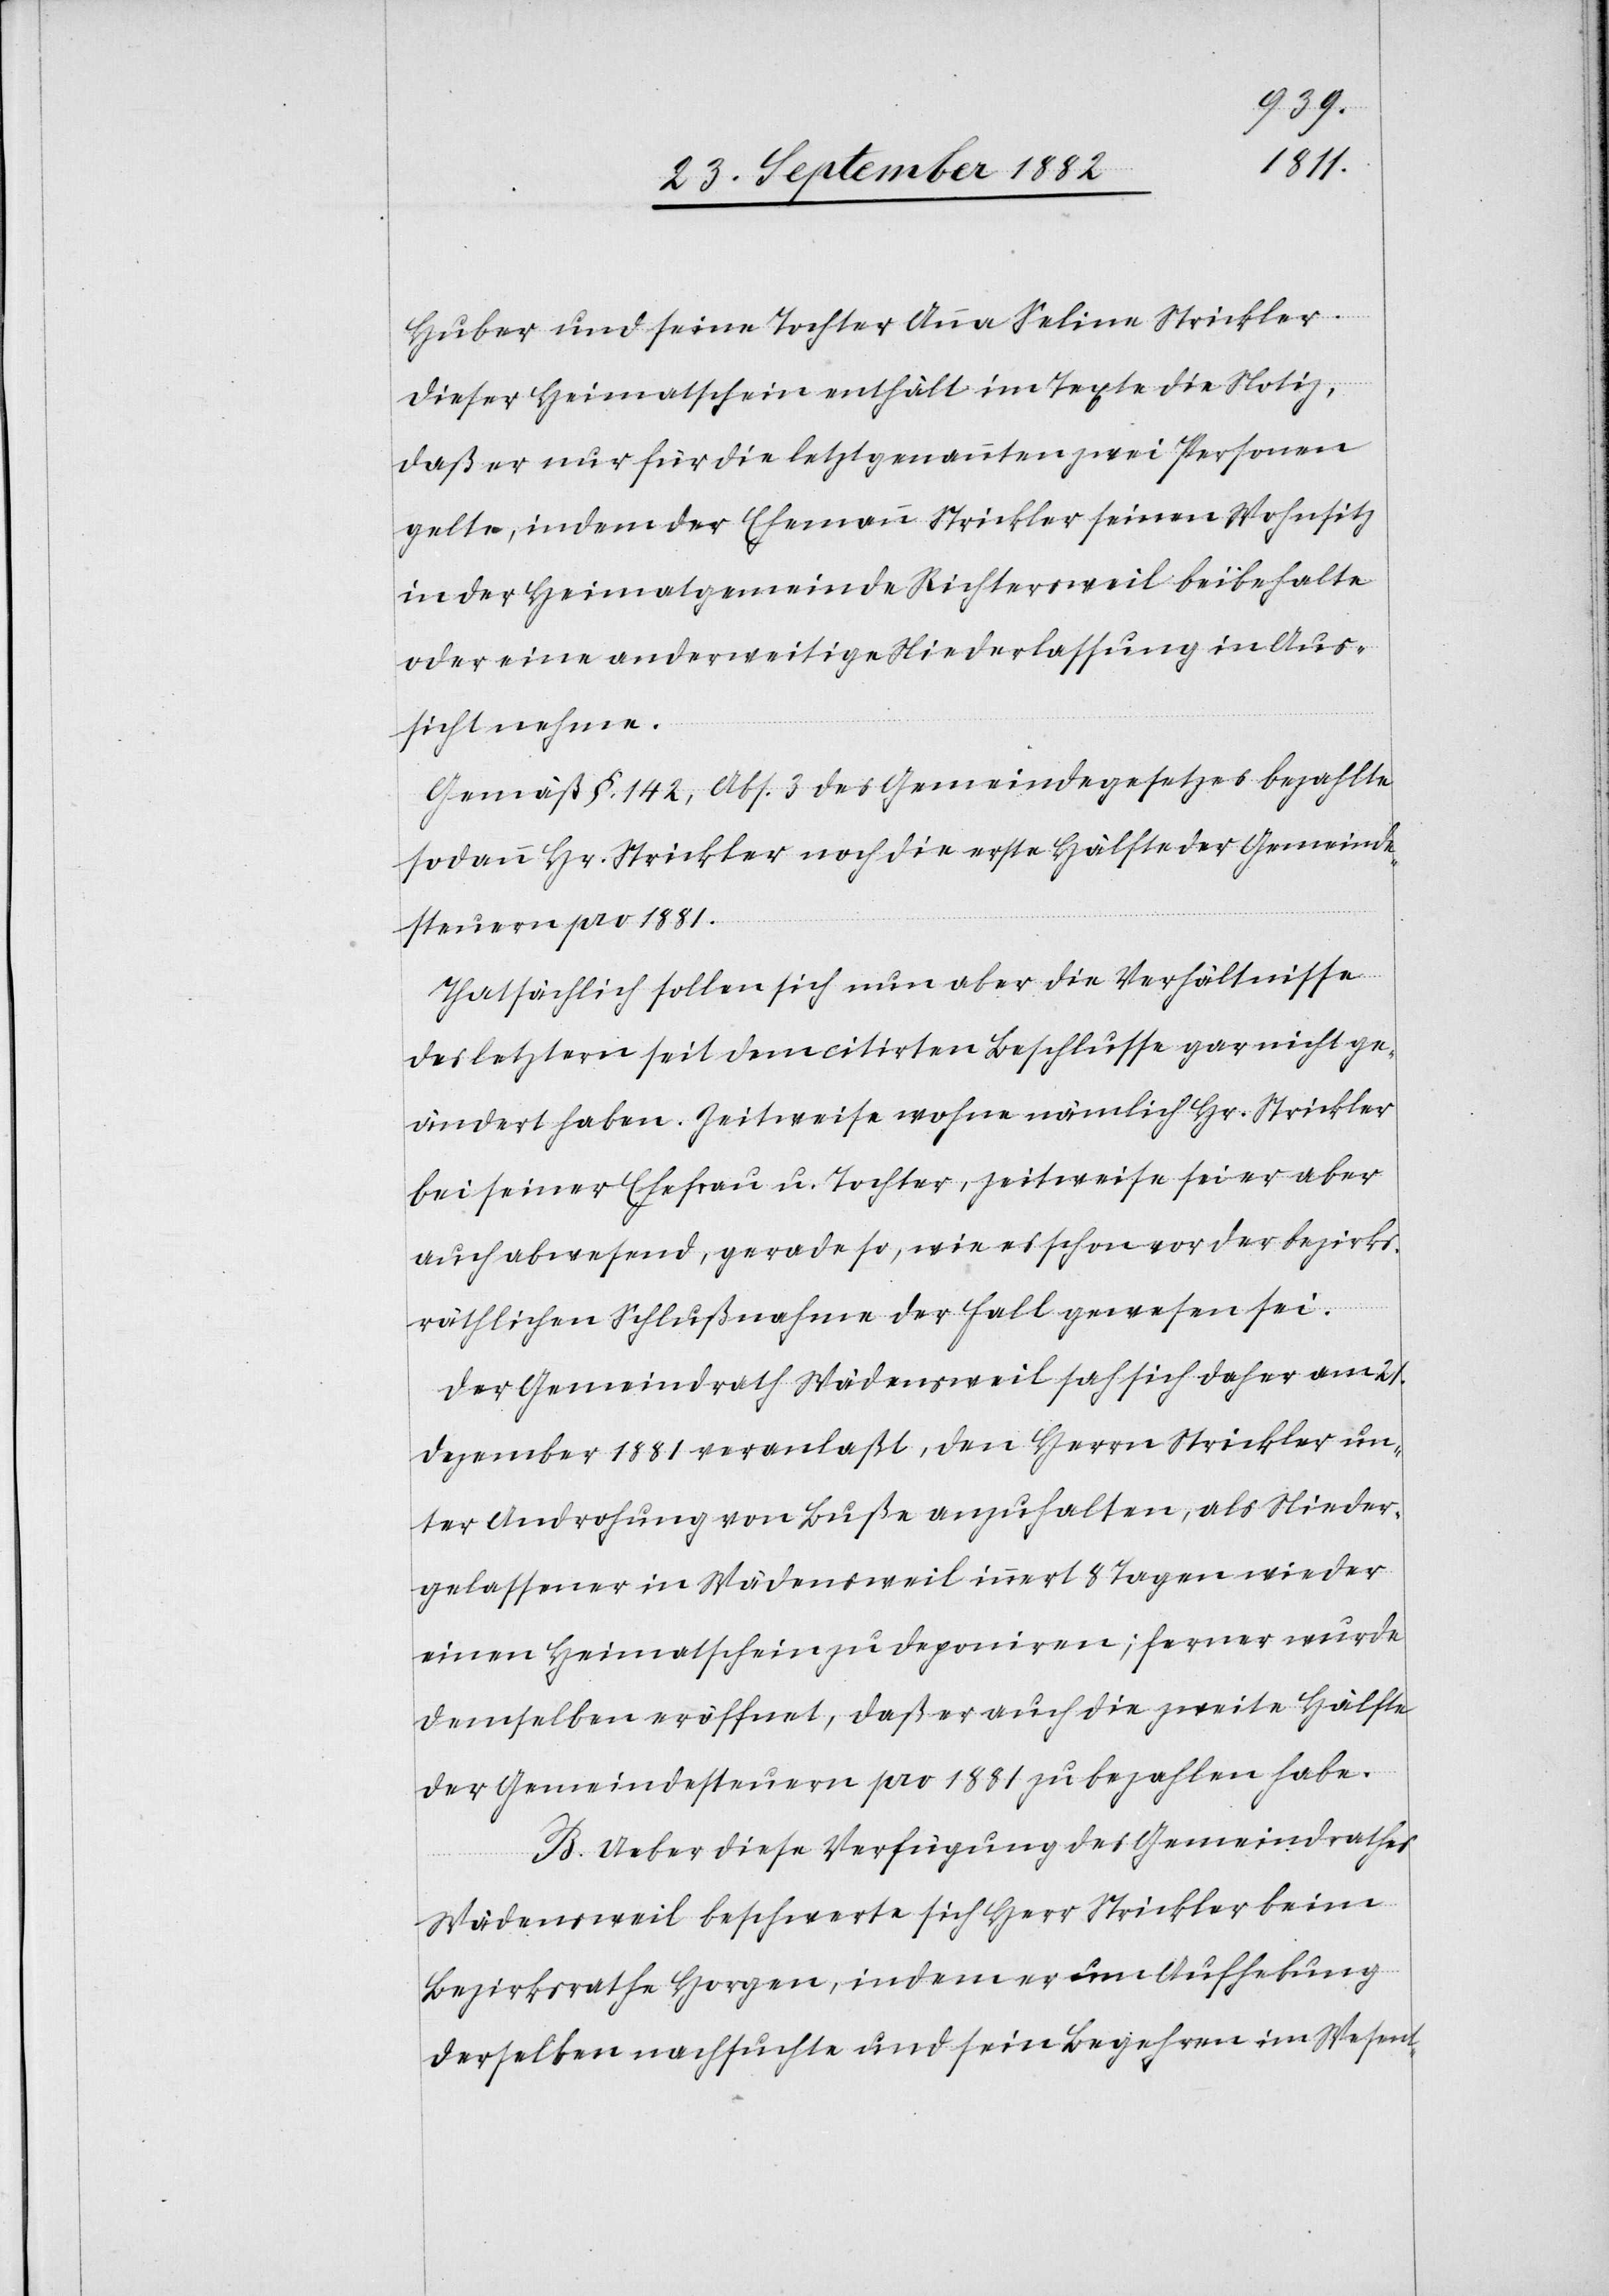
Huber und seine Tochter Anna Seline Strickler.
Dieser Heimatschein enthält im Texte die Notiz,
daß er nur für die letztgenannten zwei Personen
gelte, indem der Ehemann Strickler seinen Wohnsitz
in der Heimatgemeinde Richtersweil beibehalte
oder eine anderweitige Niederlassung in Aus¬
sicht nehme.
Gemäß §. 142, Abs. 3 des Gemeindegesetzes bezahlte
sodann Hr. Strickler noch die erste Hälfte der Gemeinde¬
steuer pro 1881.
Thatsächlich sollen sich nun aber die Verhältnisse
des letztern seit dem citirten Beschlusse gar nicht ge¬
ändert haben. Zeitweise wohne nämlich Hr. Strickler
bei seiner Ehefrau u. Tochter, zeitweise sei er aber
auch abwesend, gerade so, wie es schon vor der bezirks¬
räthlichen Schlußnahme der Fall gewesen sei.
Der Gemeindrath Wädensweil sah sich daher am 21.
Dezember 1881 veranlaßt, den Herrn Strickler un¬
ter Androhung von Buße anzuhalten, als Nieder¬
gelassener in Wädensweil innert 8 Tagen wieder
einen Heimatschein zu deponiren; ferner wurde
demselben eröffnet, daß er auch die zweite Hälfte
der Gemeindesteuern pro 1881 zu bezahlen habe.
B. Ueber diese Verfügung des Gemeindrathes
Wädensweil beschwerte sich Herr Strickler beim
Bezirksrathe Horgen, indem er um Aufhebung
derselben nachsuchte und sein Begehren im Wesent-